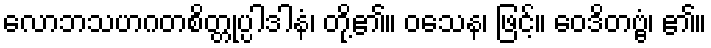
လောဘသဟဂတစိတ္တုပ္ပါဒါနံ၊ တို့၏။ ဝသေန၊ ဖြင့်။ ဝေဒိတဗ္ဗံ၊ ၏။